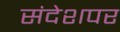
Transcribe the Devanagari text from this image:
संदेशपर